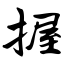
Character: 握